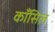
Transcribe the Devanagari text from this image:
काँसिल